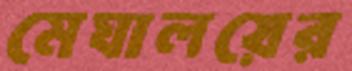
মেঘালয়ের